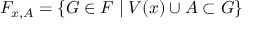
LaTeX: F _ { x , A } = \{ G \in F \mid V ( x ) \cup A \subset G \}